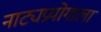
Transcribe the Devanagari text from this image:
नाट्यप्रयोगाला